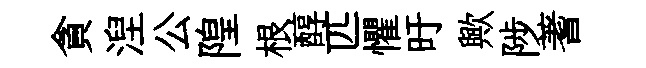
貪湼公隍根醇匹懼旴歟陟蓍